Scottish Leaving Certificate Examination, 1959
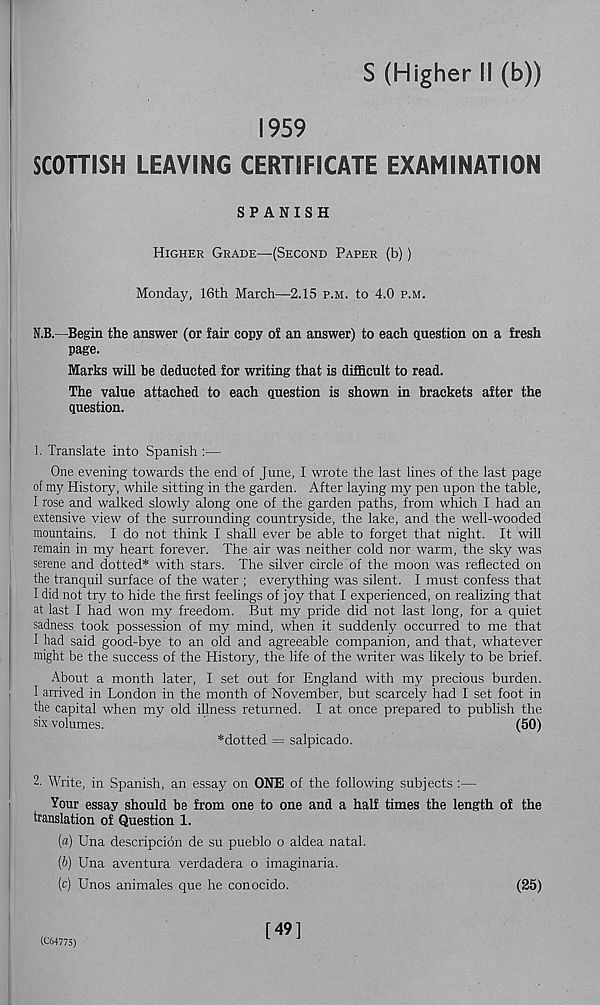
S (Higher II (b))
1959
SCOTTISH LEAVING CERTIFICATE EXAMINATION
SPANISH
Higher Grade—(Second Paper (b))
Monday, 16th March—-2.15 p.m. to 4.0 p.m.
N.B.—Begin the answer (or fair copy of an answer) to each question on a fresh
page.
Marks will be deducted for writing that is difficult to read.
The value attached to each question is shown in brackets after the
question.
1. Translate into Spanish :—
One evening towards the end of June, I wrote the last lines of the last page
of my History, while sitting in the garden. After laying my pen upon the table,
I rose and walked slowly along one of the garden paths, from which I had an
extensive view of the surrounding countryside, the lake, and the well-wooded
mountains. I do not think I shall ever be able to forget that night. It will
remain in my heart forever. The air was neither cold nor warm, the sky was
serene and dotted* with stars. The silver circle of the moon was reflected on
the tranquil surface of the water ; everything was silent. I must confess that
I did not try to hide the first feelings of joy that I experienced, on realizing that
at last I had won my freedom. But my pride did not last long, for a quiet
sadness, took possession of my mind, when it suddenly occurred to me that
I had said good-bye to an old and agreeable companion, and that, whatever
might be the success of the History, the life of the writer was likely to be brief.
About a month later, I set out for England with my precious burden.
I
I arrived in London in the month of November, but scarcely had I set foot in
the capital when my old illness returned. I at once prepared to publish the
six volumes.
(50)
*dotted = salpicado.
2. Write, in Spanish, an essay on ONE of the following subjects :—
Your essay should be from one to one and a half times the length of the
translation of Question 1.
(a) Una descripcion de su pueblo o aldea natal.
(b) Una aventura verdadera o imaginaria.
(c) Unos animales que he conocido.
(25)
(C64775)
[49]